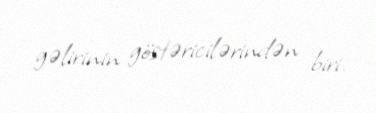
gəlirinin göstəricilərindən biri.